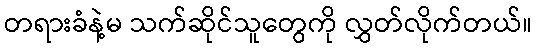
တရားခံနဲ့မ သက်ဆိုင်သူတွေကို လွှတ်လိုက်တယ်။